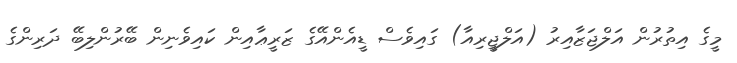
މީގެ އިތުރުން އަލްޖަޒާއިރު (އަލްޖީރިއާ) ގައިވެސް ޑީއެންއޭގެ ޒަރީޢާއިން ކައިވެނިން ބޭރުންލިބޭ ދަރިންގެ